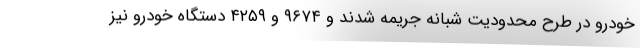
خودرو در طرح محدودیت شبانه جریمه شدند و ۹۶۷۴ و ۴۲۵۹ دستگاه خودرو نیز